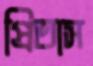
প্রিতাস